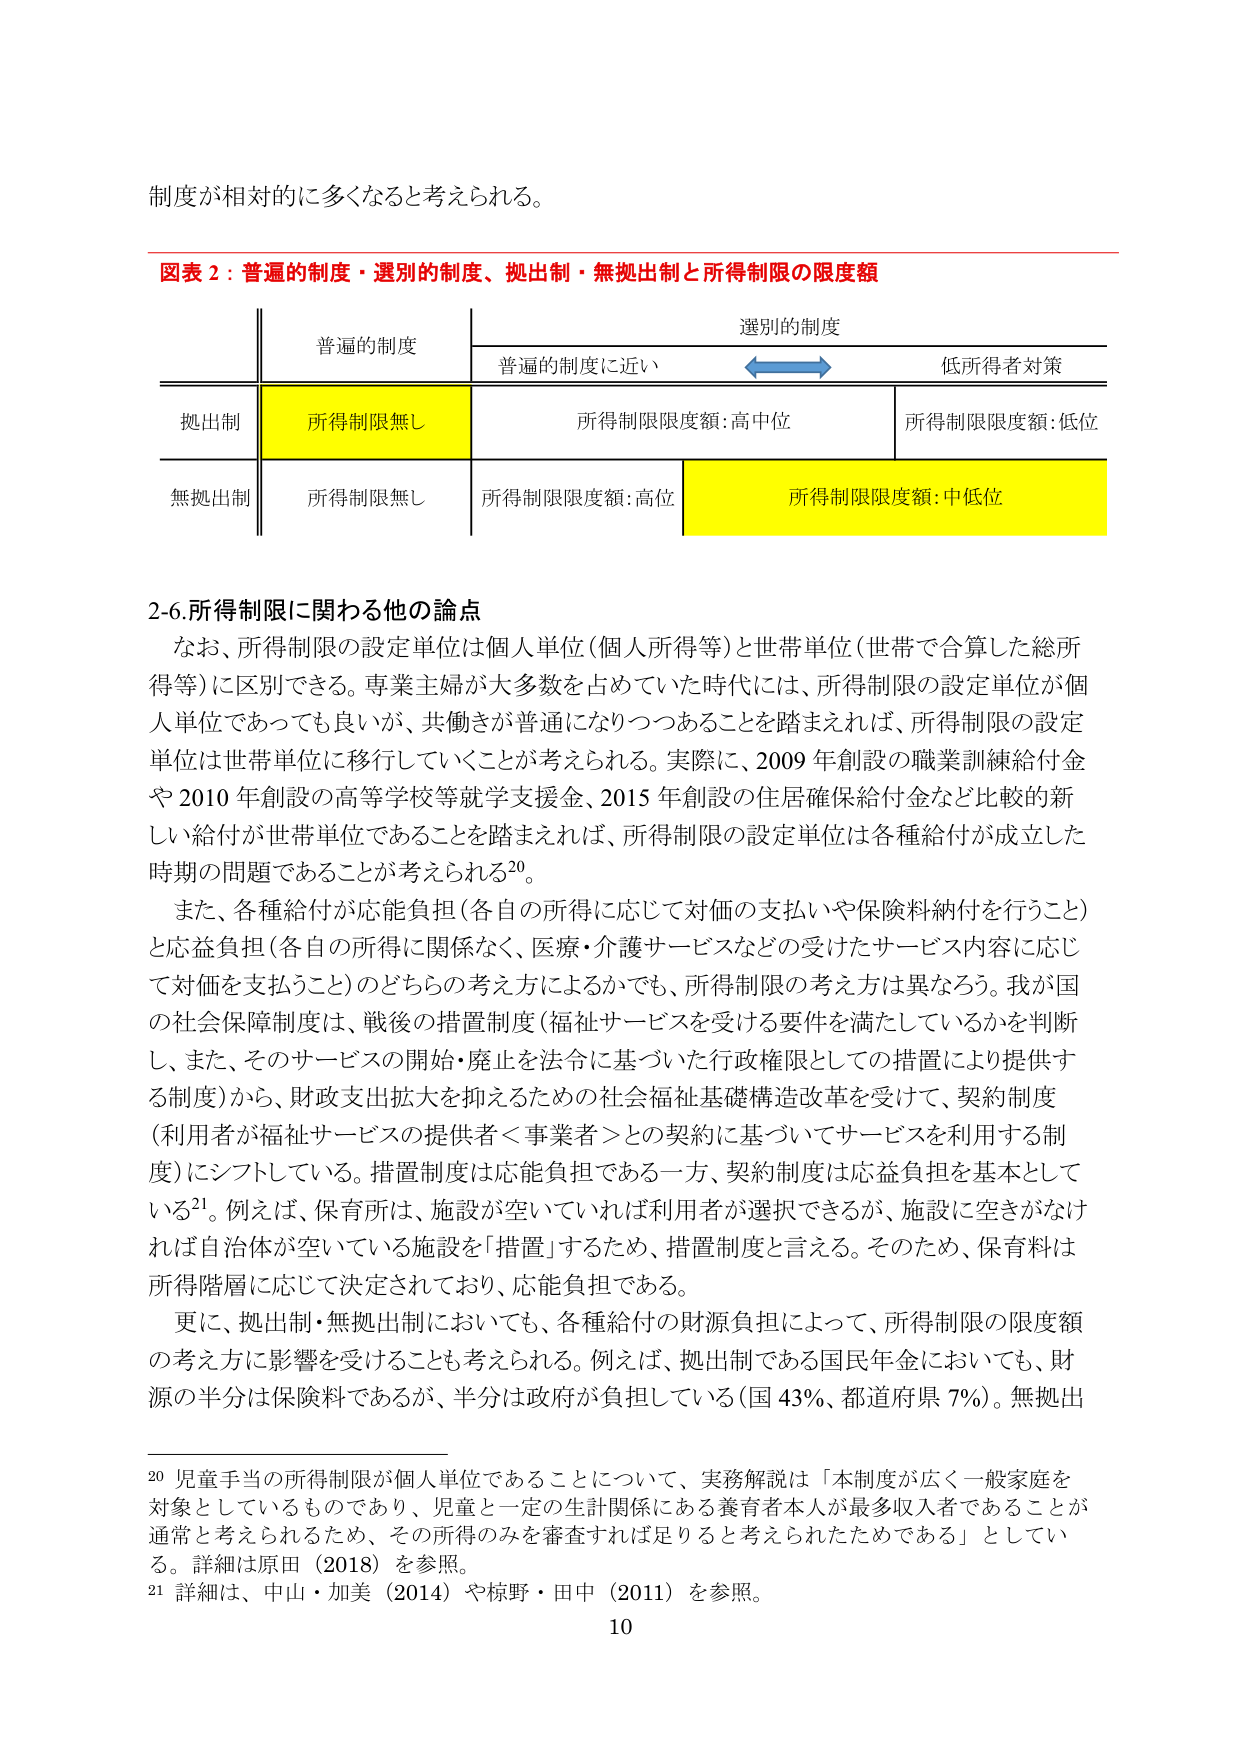
制度が相対的に多くなると考えられる。

図表２：普遍的制度・選別的制度、拠出制・無拠出制と所得制限の限度額

| | 普遍的制度 | 選別的制度 |
|---|---|---|
| | | 普遍的制度に近い ←→ 低所得者対策 |
| 拠出制 | 所得制限無し | 所得制限限度額：高中位 | 所得制限限度額：低位 |
| 無拠出制 | 所得制限無し | 所得制限限度額：高位 | 所得制限限度額：中低位 |

2-6. 所得制限に関する他の論点

なお、所得制限の設定単位は個人単位（個人所得等）と世帯単位（世帯で合算した総所得等）に区別できる。専業主婦が大多数を占めていた時代には、所得制限の設定単位が個人単位であっても良いが、共働きが普通になりつつあることを踏まえれば、所得制限の設定単位は世帯単位に移行していくことが考えられる。実際に、2009年創設の職業訓練給付金や2010年創設の高等学校等就学支援金、2015年創設の住居確保給付金など比較的新しい給付が世帯単位であることを踏まえれば、所得制限の設定単位は各種給付が成立した時期の問題であることが考えられる20。

また、各種給付が応能負担（各自の所得に応じて対価の支払いや保険料納付を行うこと）と応益負担（各自の所得に関係なく、医療・介護サービスなどの受けたサービス内容に応じて対価を支払うこと）のどちらの考え方によるかでも、所得制限の考え方は異なろう。我が国の社会保障制度は、戦後の措置制度（福祉サービスを受ける要件を満たしているかを判断し、また、そのサービスの開始・廃止を法令に基づいた行政権限としての措置により提供する制度）から、財政支出拡大を抑えるための社会福祉基礎構造改革を受けて、契約制度（利用者が福祉サービスの提供者＜事業者＞との契約に基づいてサービスを利用する制度）にシフトしている。措置制度は応能負担である一方、契約制度は応益負担を基本としている21。例えば、保育所は、施設が空いていれば利用者が選択できるが、施設に空きがなければ自治体が空いている施設を「措置」するため、措置制度と言える。そのため、保育料は所得階層に応じて決定されており、応能負担である。

更に、拠出制・無拠出制においても、各種給付の財源負担によって、所得制限の限度額の考え方に影響を受けることも考えられる。例えば、拠出制である国民年金においても、財源の半分は保険料であるが、半分は政府が負担している（国43％、都道府県7％）。無拠出

20 児童手当の所得制限が個人単位であることについて、実務解説は「本制度が広く一般家庭を対象としているものであり、児童と一定の生計関係にある養育者本人が最多収入者であることが通常と考えられるため、その所得のみを審査すれば足りると考えられたためである」としている。詳細は原田（2018）を参照。

21 詳細は、中山・加美（2014）や椋野・田中（2011）を参照。

10